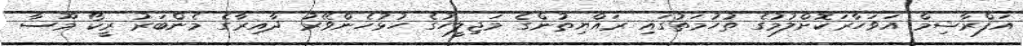
އަފްރާޝިމް އަވަހާރަކޮށްލުމުގެ ތުހުމަތުގައި ރައްޔިތުންގެ މަޖިލީހުގެ ހުޅުހެންވޭރު ދާއިރާގެ މެންބަރު ރީކޯ މޫސާ